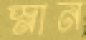
স্নান